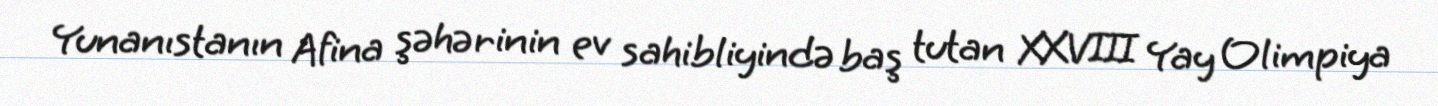
Yunanıstanın Afina şəhərinin ev sahibliyində baş tutan XXVIII Yay Olimpiya